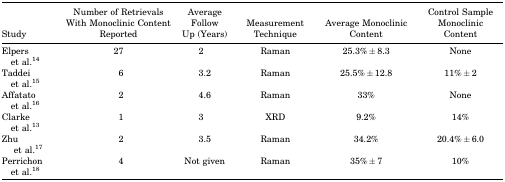
<table><thead><tr><td><b>Study</b></td><td><b>Number of Retrievals With Monoclinic Content Reported</b></td><td><b>Average Follow Up (Years)</b></td><td><b>Measurement Technique</b></td><td><b>Average Monoclinic Content</b></td><td><b>Control Sample Monoclinic Content</b></td></tr></thead><tbody><tr><td>Elpers et al.14</td><td>27</td><td>2</td><td>Raman</td><td>25.3% ± 8.3</td><td>None</td></tr><tr><td>Taddei et al.15</td><td>6</td><td>3.2</td><td>Raman</td><td>25.5% ± 12.8</td><td>11% ± 2</td></tr><tr><td>Affatato et al.16</td><td>2</td><td>4.6</td><td>Raman</td><td>33%</td><td>None</td></tr><tr><td>Clarke et al.13</td><td>1</td><td>3</td><td>XRD</td><td>9.2%</td><td>14%</td></tr><tr><td>Zhu et al.17</td><td>2</td><td>3.5</td><td>Raman</td><td>34.2%</td><td>20.4% ± 6.0</td></tr><tr><td>Perrichon et al.18</td><td>4</td><td>Not given</td><td>Raman</td><td>35% ± 7</td><td>10%</td></tr></tbody></table>